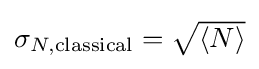
{\textstyle \sigma _{N,{\rm {classical}}}={\sqrt {\langle N\rangle }}}